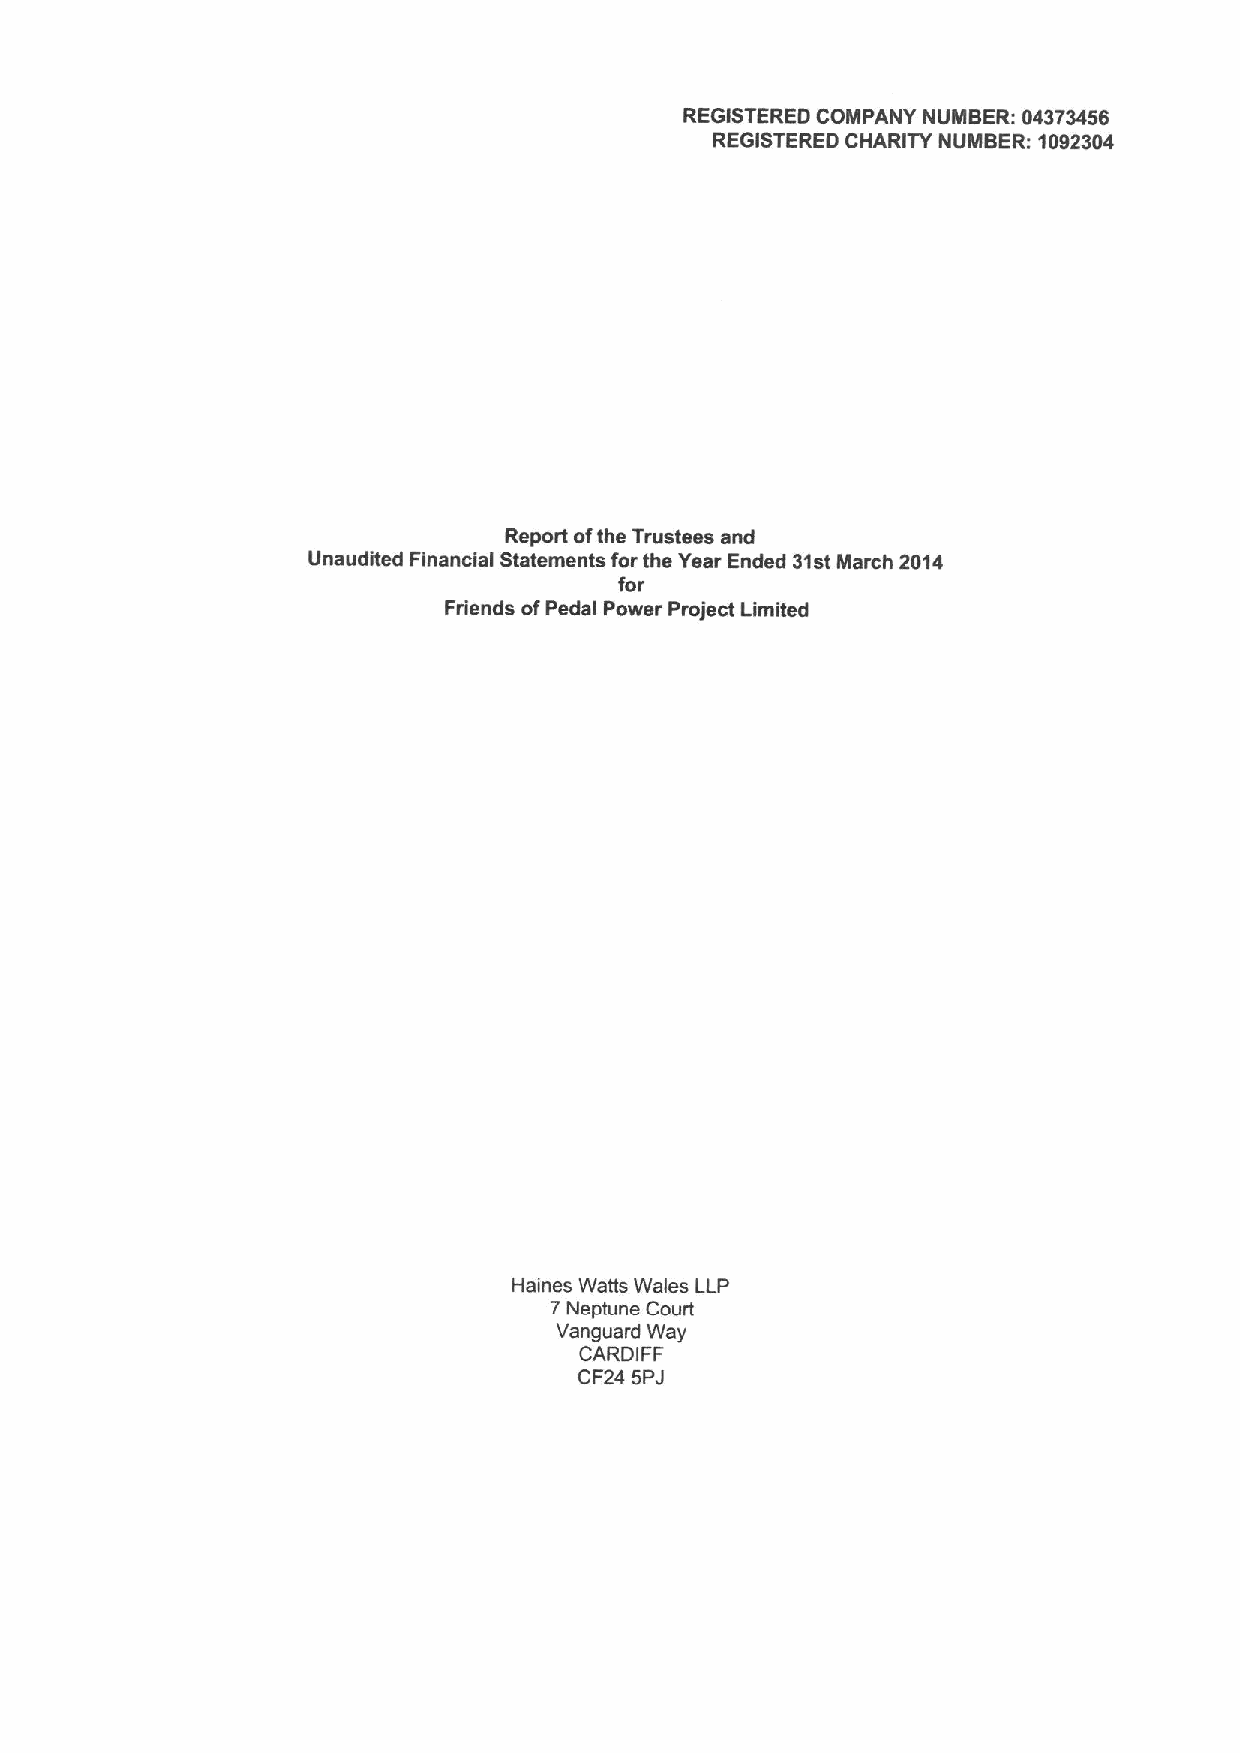
REGISTERED COMPANY NUMBER: 04373456
 REGISTERED CHARITY NUMBER: 1002304
 Report ofthe Trustees and
 Unaudited Financial Statements for the Year Ended 31stMarch 2014
 for
 Friends ofPedal Power Project Limited
 Haines Watts Wales LLP
 7Neptune Court
 Vanguard Way
 CARDIFF
 CF24 5PJ